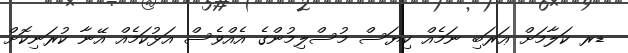
ޑރ ކަލާމަށް ޢަރަބި ނަމެއް ކިޔަސް މުސްލިމުންގެ އެއްވެސް އަޅުކަމެއް އޭނާ ކުރަނިކޮށް